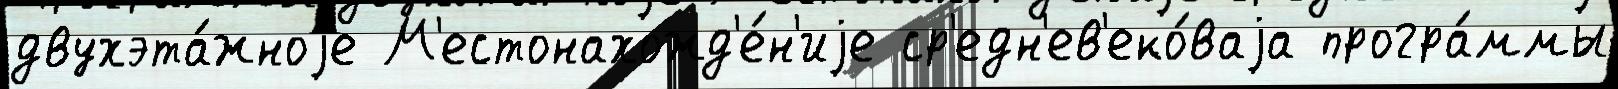
двухэта́жноjе М'естонахожд'е́н'иjе ср'едн'ев'еко́ваjа програ́ммы